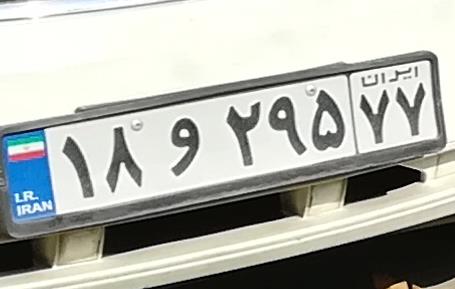
۱۸و۲۹۵۷۷